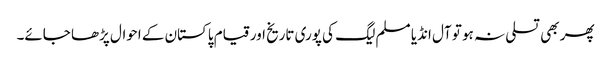
پھر بھی تسلی نہ ہو تو آل انڈیا مسلم لیگ کی پوری تاریخ اور قیام پاکستان کے احوال پڑھا جائے۔